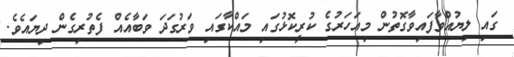
ގައި ލިޔުއްވާފައިވާގޮތުން މިއަހަރުގެ ކުރީކޮޅުގައި މައްކާގައި ވަރުގަދަ ވަބާއެއް ފެތުރިގެން ދިޔައެވެ.